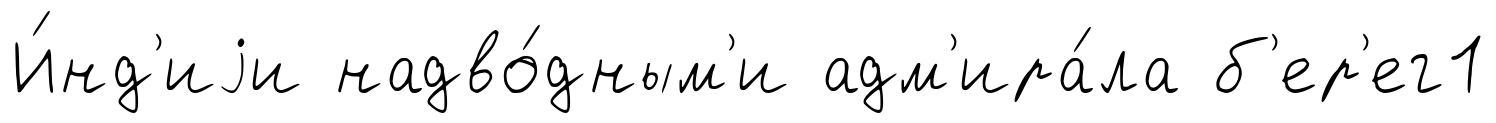
И́нд'иjи надво́дным'и адм'ира́ла б'ер'ег1